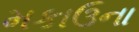
મકાઉના